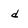
Character: d